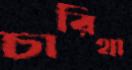
চারিথা